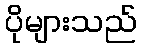
ပိုများသည်